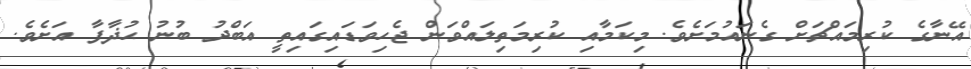
އޭނާގެ ކުރިމައްޗަށް ގެނައުމަށެވެ. މިކަމާއި ކުރިމަތިލައްވަން ޖެހިވަޑައިގައިތީ އަބްދު ބުނު ޙުޛާފާ އަށެވެ.